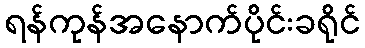
ရန်ကုန်အနောက်ပိုင်းခရိုင်